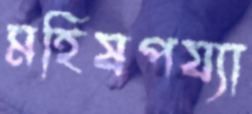
মহিষপয্যা